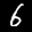
Label: 6